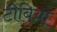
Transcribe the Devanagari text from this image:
टीबिया